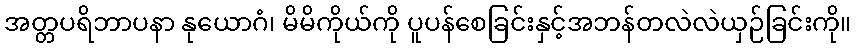
အတ္တပရိဘာပနာ နုယောဂံ၊ မိမိကိုယ်ကို ပူပန်စေခြင်းနှင့်အဘန်တလဲလဲယှဉ်ခြင်းကို။